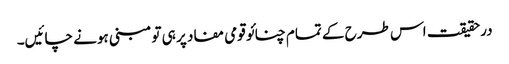
درحقیقت اس طرح کے تمام چنائو قومی مفاد پر ہی تو مبنی ہونے چائیں۔